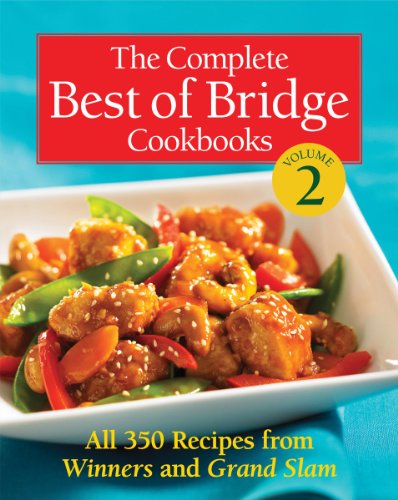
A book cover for The Complete Best of Bridge Cookbooks Volume Two (The Best of Bridge); The Editors of Best of Bridge; Cookbooks, Food & Wine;